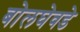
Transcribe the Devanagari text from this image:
बोलघेवडे